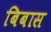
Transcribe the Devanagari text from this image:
बिबास